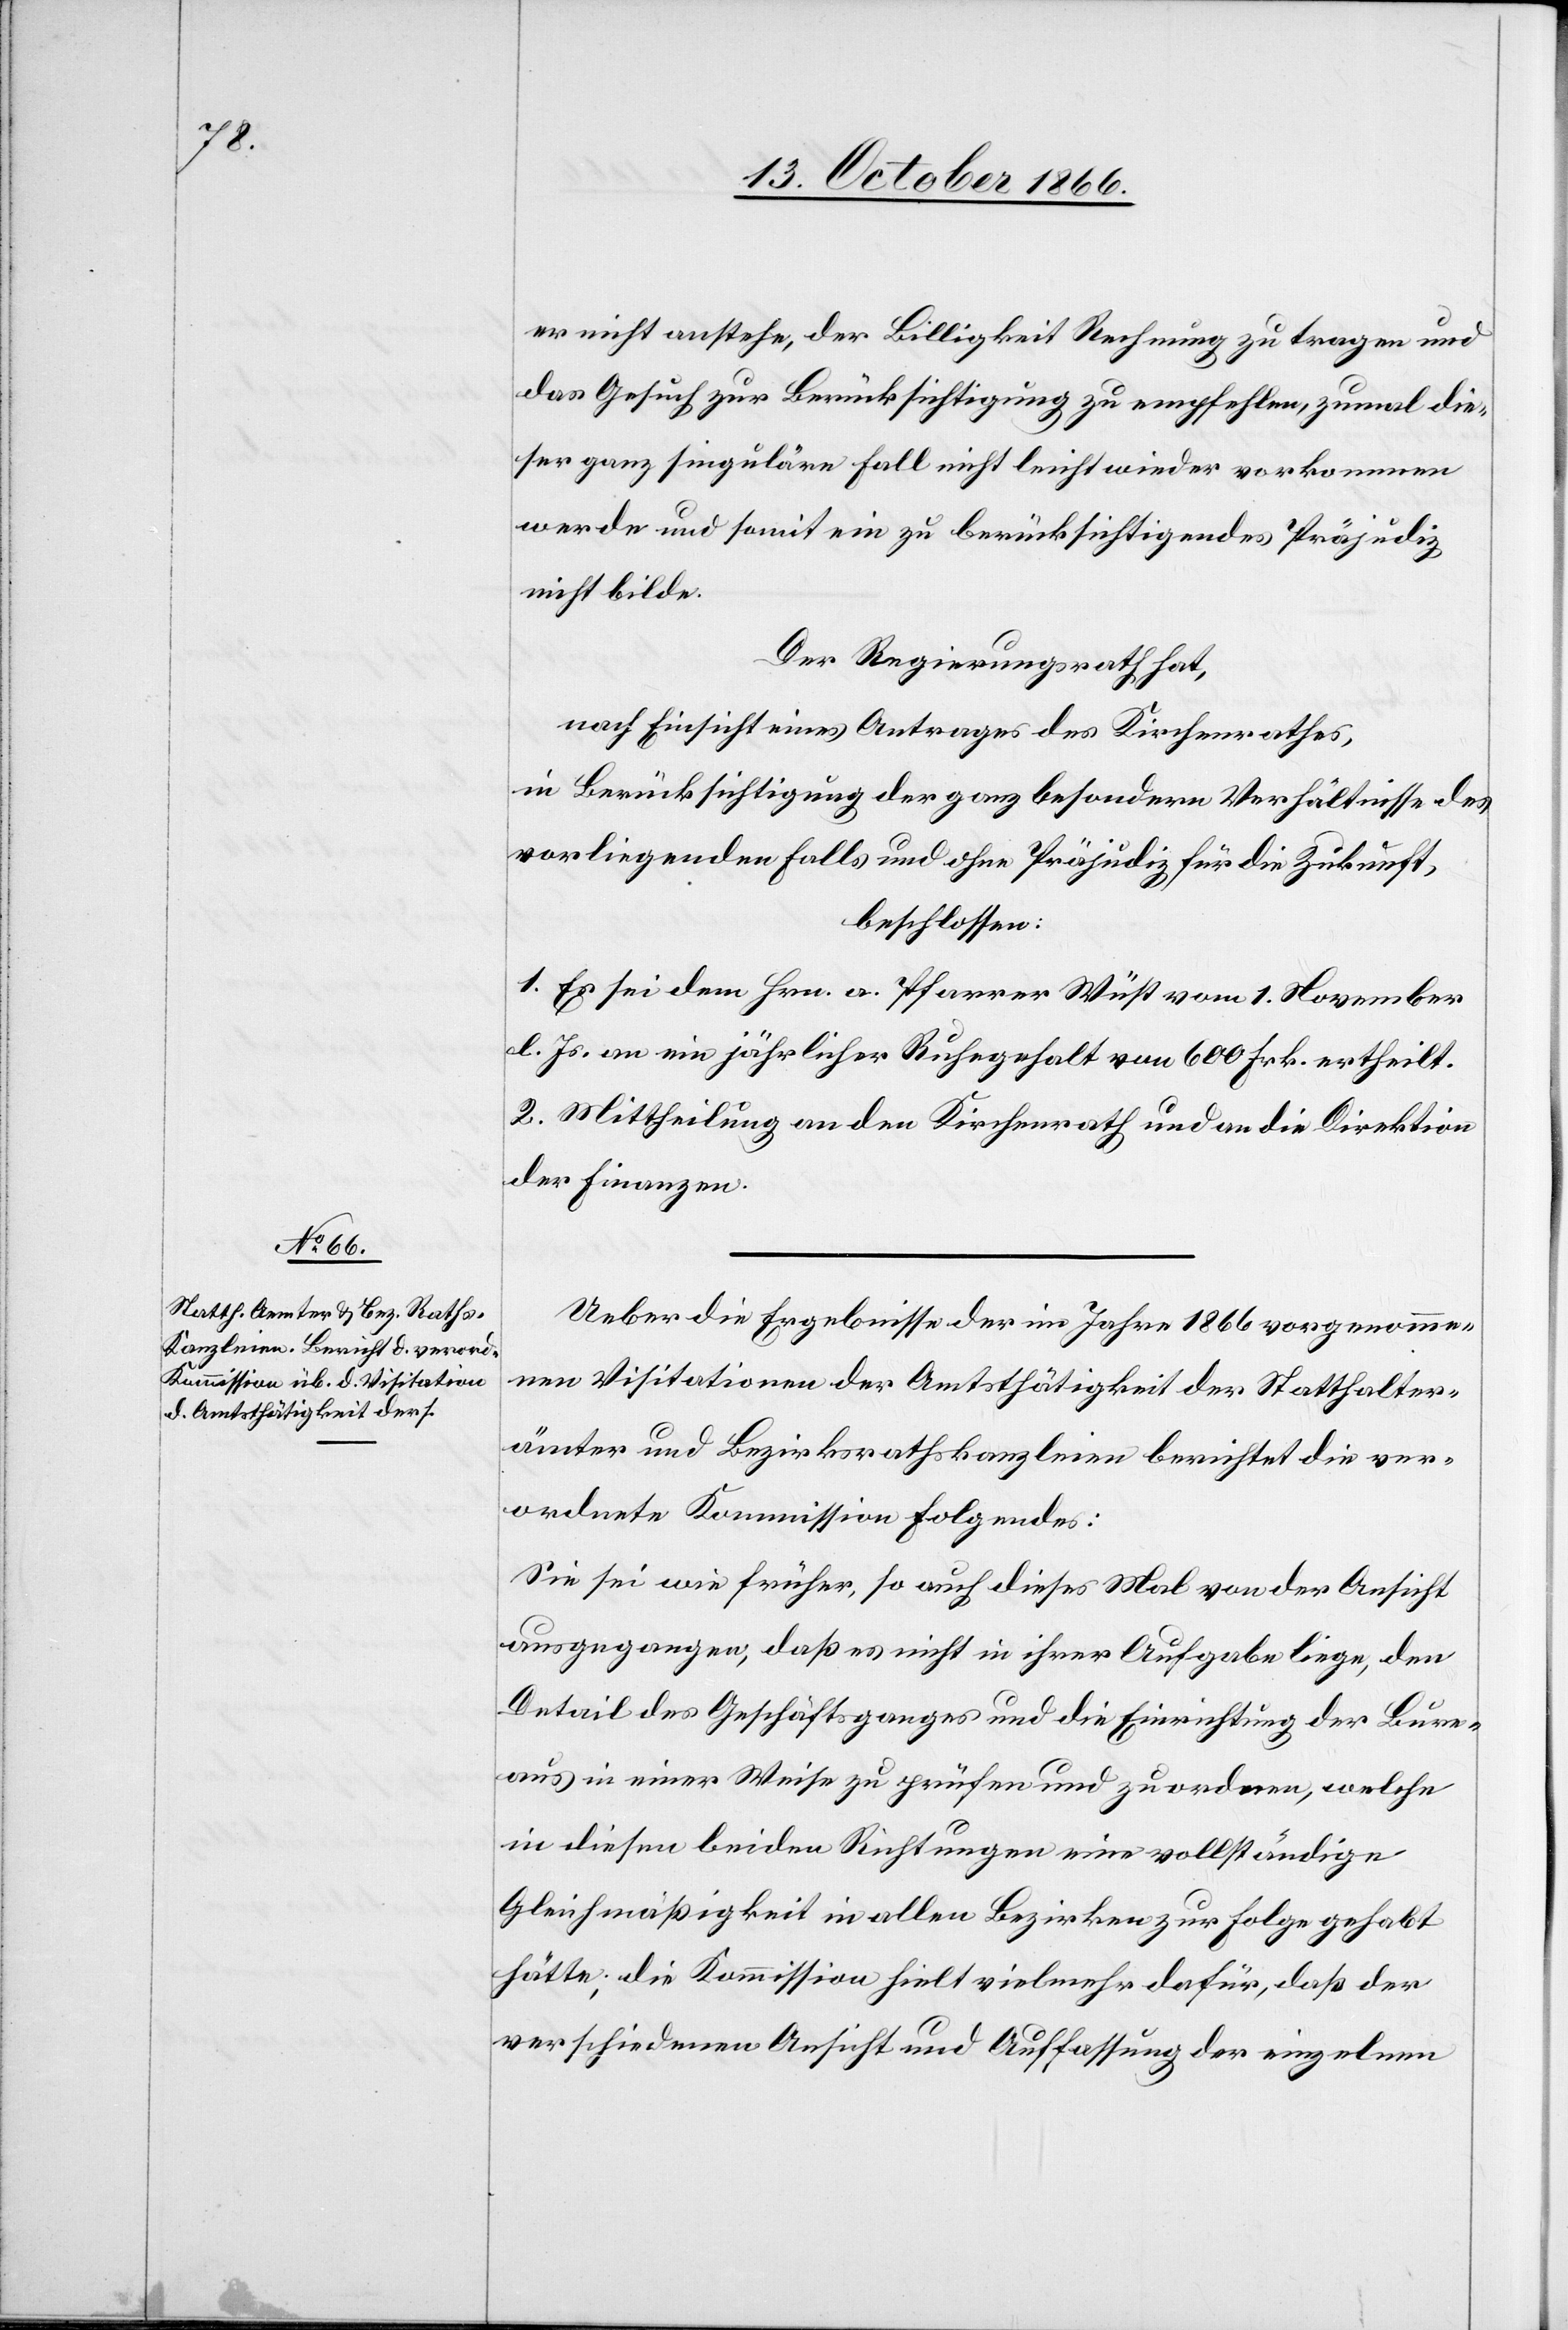
er nicht anstehe, der Billigkeit Rechnung zu tragen und
das Gesuch zur Berücksichtigung zu empfehlen, zumal die¬
ser ganz singuläre Fall nicht leicht wieder vorkommen
werde und somit ein zu berücksichtigendes Präjudiz
nicht bilde.
Der Regierungsrath hat,
nach Einsicht eines Antrages des Kirchenrathes,
in Berücksichtigung der ganz besondern Verhältnisse des
vorliegenden Falls und ohne Präjudiz für die Zukunft,
beschlossen:
1. Es sei dem Hrn. a. Pfarrer Wüst vom 1. November
d. Js. an ein jährlicher Ruhegehalt von 600 Frk. ertheilt.
2. Mittheilung an den Kirchenrath und an die Direktion
der Finanzen.
Ueber die Ergebnisse der im Jahre 1866 vorgenomme¬
nen Visitationen der Amtsthätigkeit der Statthalter¬
ämter und Bezirksrathskanzleien berichtet die ver¬
ordnete Kommission Folgendes:
Sie sei wie früher, so auch dieses Mal von der Ansicht
ausgegangen, daß es nicht in ihrer Aufgabe liege, den
Detail des Geschäftsganges und die Einrichtung der Bure¬
aus in einer Weise zu prüfen und zu ordnen, welche
in diesen beiden Richtungen eine vollständige
Gleichmäßigkeit in allen Bezirken zur Folge gehabt
hätte; die Kommission hielt vielmehr dafür, daß der
verschiedenen Ansicht und Auffassung der einzelnen